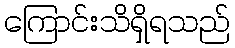
ကြောင်းသိရှိရသည်